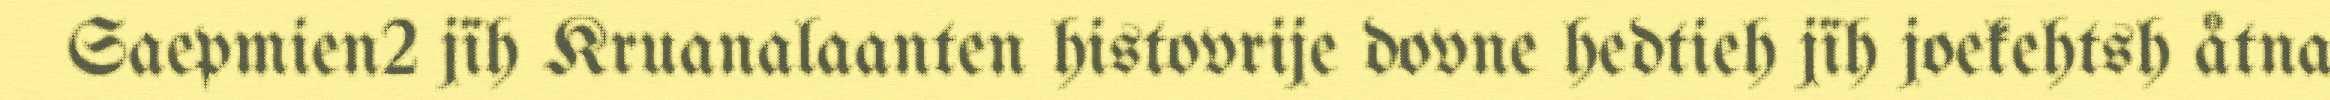
Saepmien2 jïh Kruanalaanten histovrije dovne hedtieh jïh joekehtsh åtna